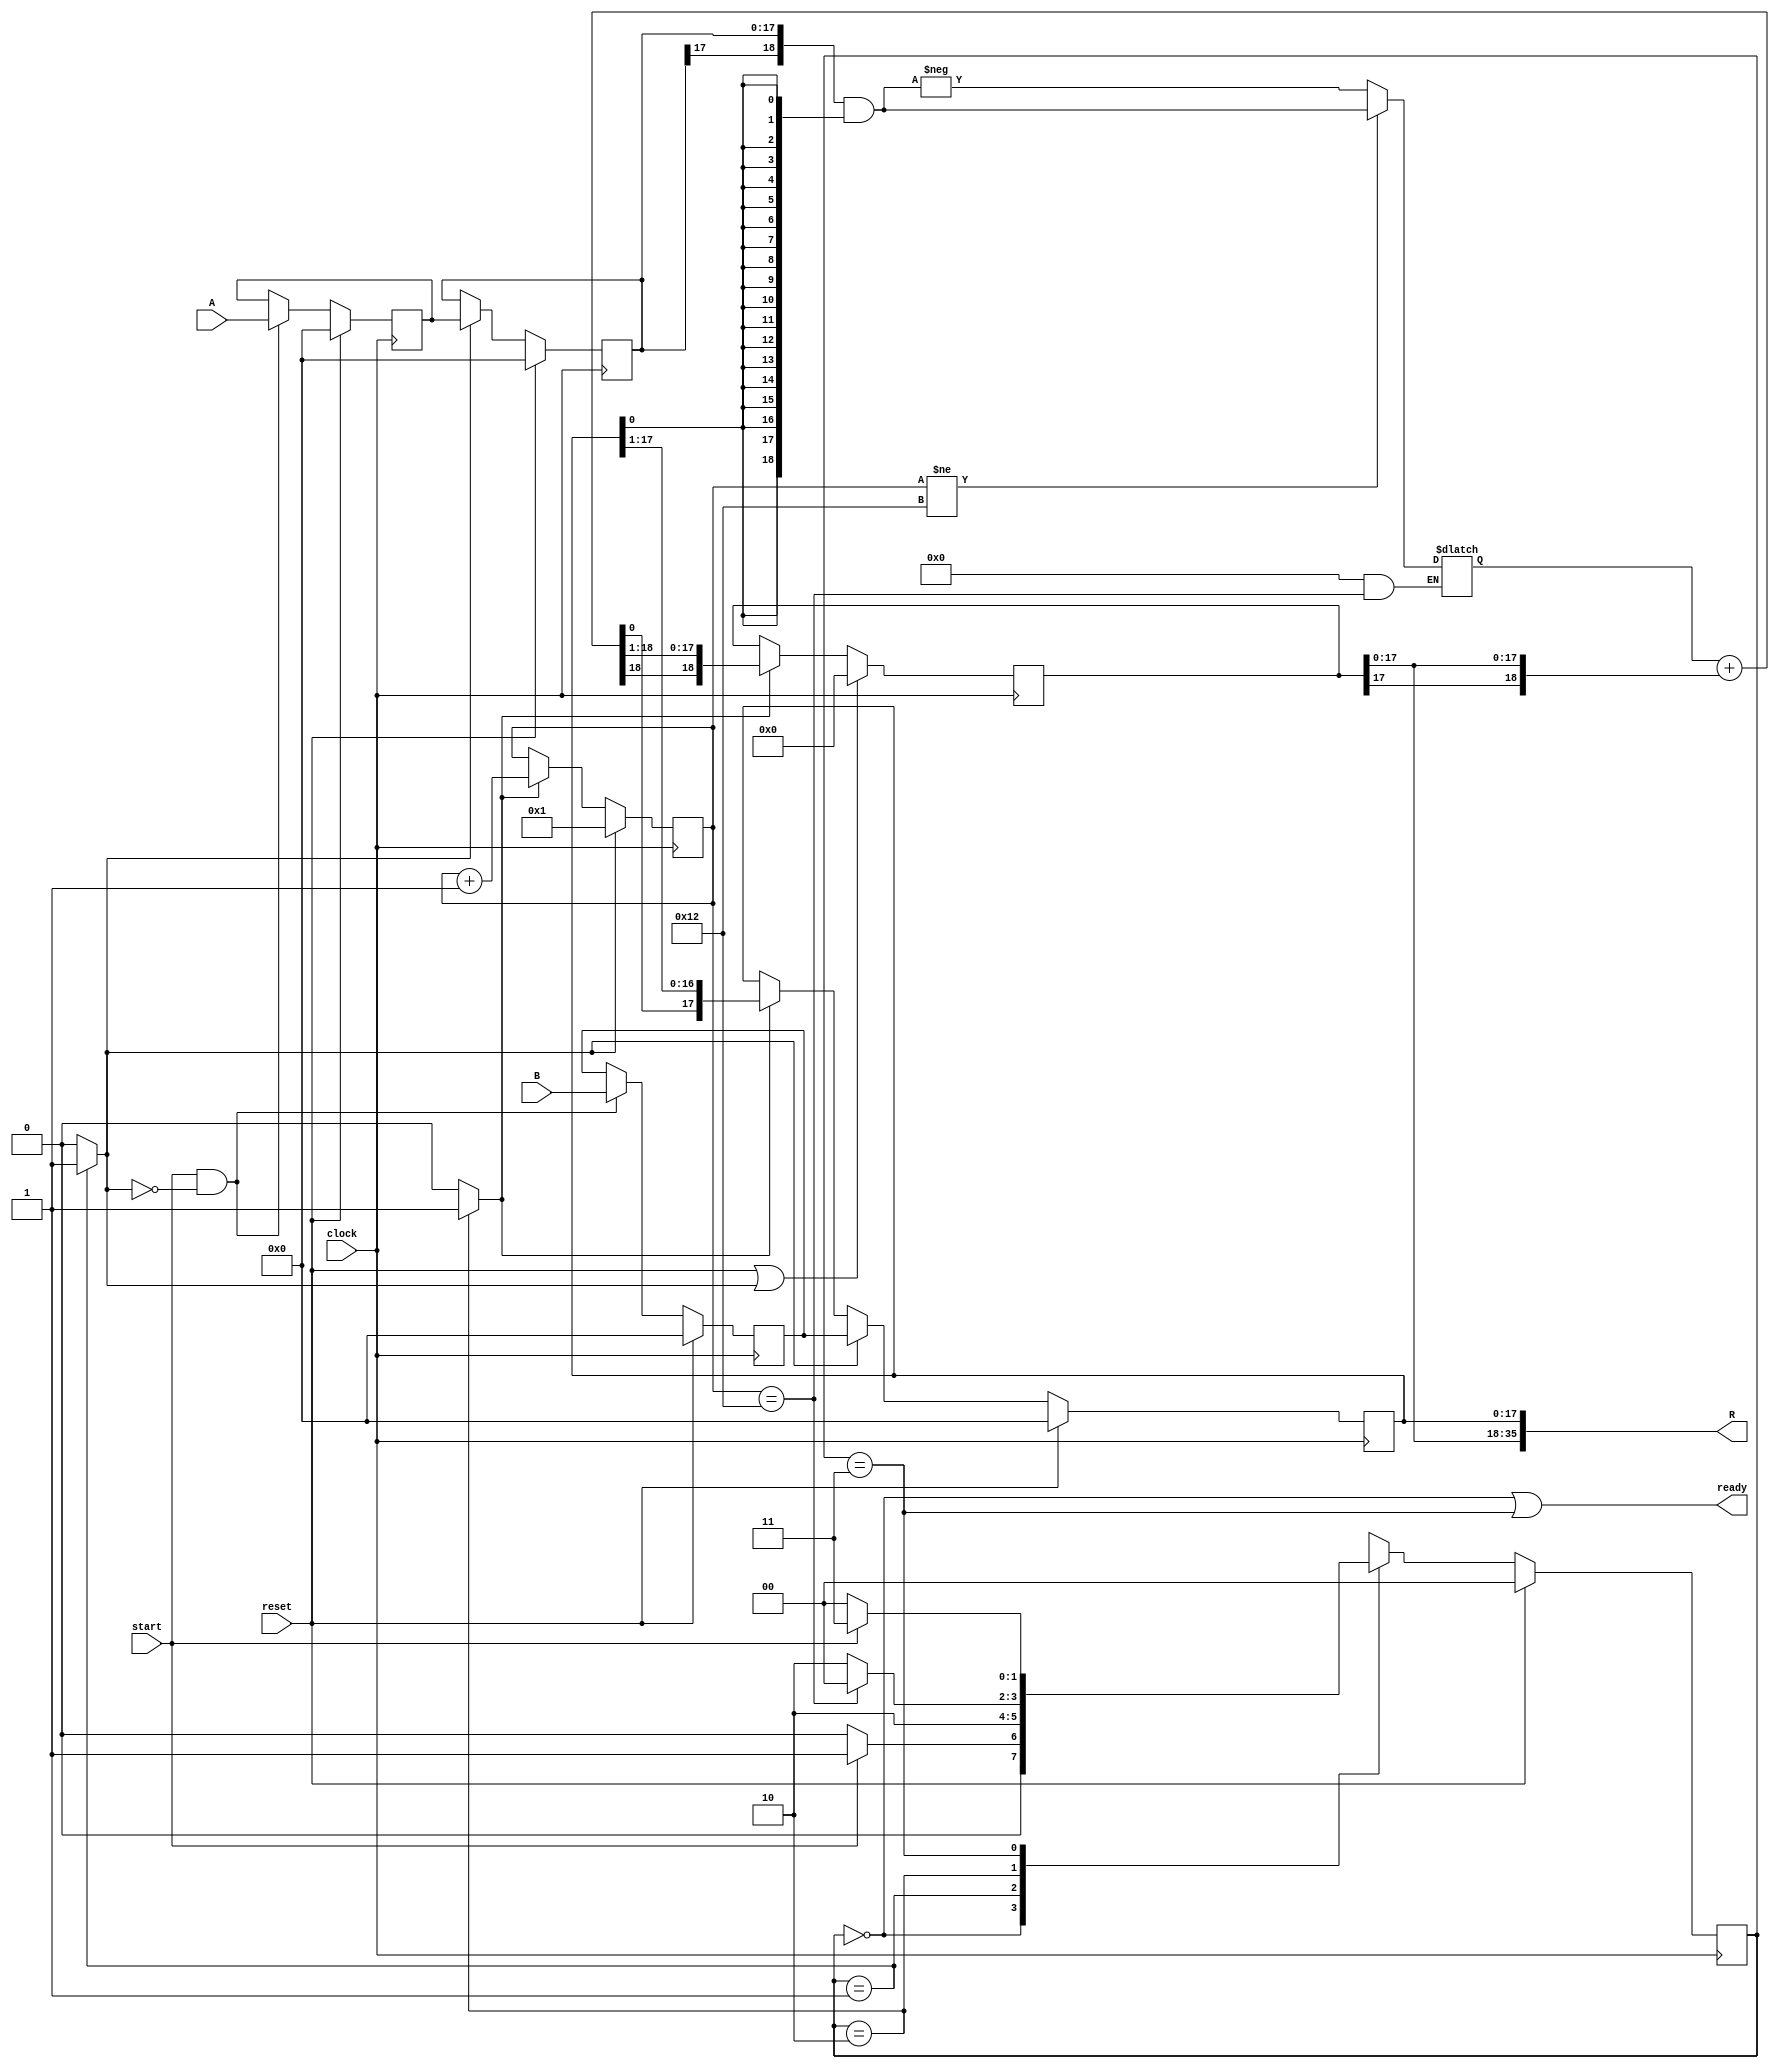
/*---------------------------------------------------------
    Fully configurable sequential M by N multiplier

 	jca@fe.up.pt, Dec 2015
	
	This Verilog code is proprietary of University of Porto
	Its utilization beyond the scope of the course Digital Systems Design
	(Projeto de Sistemas Digitais) of the Integrated Master in Electrical 
	and Computer Engineering requires explicit authorization from the author.

    Performs the signed multiplication A x B using the sequential shift-add algorithm
	Result is ready
*/


// ---------------------------------------------------------
// Some macros
// ---------------------------------------------------------
`define mod ((N%K) && Q == ITER)

module seqmultNM(
					clock,
					reset,
					start, // Set start=1 during one clock cycle to start the multiplication
					ready, // Set to 1 when the multiplier is ready to accept a new start
					A,     // Multiplicand,  M bits
					B,     // Multiplier,    N bits
					R      // Result: A x B, M+N bits
					);
				
parameter M = 18,  // Number of bit of multiplicand 
          N = 18;  // Number of bits of the multiplier
parameter K = 1;
// parameter M = 9, N = 6, K = 3;
parameter ITER = (N/K) + ((N%K) ? 1:0);
parameter K2 = (N%K) ? (N%K):K;

//------------------------------------------------------
// ESTADOS DA MQUINA DE ESTADOS
//------------------------------------------------------
parameter	INI 	= 2'b00,
					LOAD 	= 2'b01,
					CALC 	= 2'b10,
					READY	= 2'b11; // TO WAIT FOR START = 0
				
input clock, reset;
input start;
input [M-1:0] A;
input [N-1:0] B;
output ready;
output [M+N-1:0] R;

reg [M+K-1:0] reg_H;
reg [M-1:0] reg_A;
reg [N-1:0] reg_B;

reg [M-1:0] reg_Ai;
reg [N-1:0] reg_Bi;

reg [1:0] STATE;
reg [1:0] NEXTSTATE;

reg loadA, loadB, loadH;
reg shH, shB;
reg resetQ;

wire [M+K-1:0] fa_sum;
reg [M+K-1:0] mult_A_B;

// Counter Variables
reg [7:0] Q;
wire [7:0] D;
reg EN;

// ----------------------------------------------------------------------
// ACTUALIZAO DA ENTRADA "D" DO CONTADOR
assign D = Q + 8'b00000001;
// ---------------------------------------------------------
// ACTUALIZAO DA SADA READY
// DE ACORDO COM O ESTADO DA FSM
assign ready = (STATE == INI || STATE == READY);

// BLOCO SOMADOR
assign fa_sum = mult_A_B[M+K-1:0] + { {K{ reg_H[M-1] }}, reg_H[M-1:0]};

// "DEFINIO" DA SADA "R"
assign R = {reg_H[M-1:0], reg_B[N-1:0]};

// ---------------------------------------------------------
// REGISTO A
// ---------------------------------------------------------

always @(posedge clock)
begin
	if(reset)
		reg_A <= {M{1'b0}};
	else if(loadA)
		reg_A <= reg_Ai;
end

always @(posedge clock)
begin
	if(reset)
		reg_Ai <= {M{1'b0}};
	else if(start & ~loadA)
		reg_Ai <= A;
end

always @(posedge clock)
begin
	if(reset)
		reg_Bi <= {M{1'b0}};
	else if(start & ~loadB)
		reg_Bi <= B;
end

// ---------------------------------------------------------
// REGISTO H
// ---------------------------------------------------------
always @(posedge clock)
begin
	if(reset || loadH)
		reg_H <= {(M+K-1){1'b0}};
	else if(shH)
		begin
			if(`mod)
				reg_H <= { {K2{ fa_sum[M+K-1] }}, fa_sum[M+K-1:K2]};
			else
				reg_H <= { {K{ fa_sum[M+K-1] }}, fa_sum[M+K-1:K]};
		end
//	else
//		reg_H <= reg_H;
end

// ---------------------------------------------------------
// REGISTO B
// ---------------------------------------------------------

always @(posedge clock)
begin
	if(reset)
			reg_B <= {N{1'b0}};
	else if(loadB)
			reg_B <= reg_Bi;
	else if(shB)
		begin
			if(`mod)
				reg_B <= {fa_sum[K2-1:0], reg_B[N-1:K2]};
			else
				reg_B <= {fa_sum[K-1:0], reg_B[N-1:K]};
		end
//	else
//		reg_B <= reg_B;
end

// ---------------------------------------------------------
// MULTIPLICADOR PARCIAL
// ---------------------------------------------------------

always @*
begin
		if(!(`mod))
		begin
		  case(K)
				3'b001: mult_A_B =  ( (Q != ITER) ? 
				                            ( { {K{reg_A[M-1]}}, reg_A } & {(M+K){reg_B[0]}} ) :
				                           -( { {K{reg_A[M-1]}}, reg_A } & {(M+K){reg_B[0]}} ) );

				3'b010: mult_A_B =  ( { {K{reg_A[M-1]}}, reg_A } & {(M+K){reg_B[0]}} ) +
				                    ( (Q != ITER) ? 
									        ( ( { {K{reg_A[M-1]}}, reg_A } & {(M+K){reg_B[1]}} ) << 1 ) :
				                           -( ( { {K{reg_A[M-1]}}, reg_A } & {(M+K){reg_B[1]}} ) << 1 ) );
									
				3'b011: mult_A_B =    ( { {K{reg_A[M-1]}}, reg_A } & {(M+K){reg_B[0]}} ) +
				                    ( ( { {K{reg_A[M-1]}}, reg_A } & {(M+K){reg_B[1]}} ) << 1 ) +
				                    ( (Q != ITER) ? 
									        ( ( { {K{reg_A[M-1]}}, reg_A } & {(M+K){reg_B[2]}} ) << 2 ):
				                           -( ( { {K{reg_A[M-1]}}, reg_A } & {(M+K){reg_B[2]}} ) << 2 ) );

				3'b100: mult_A_B =    ( { {K{reg_A[M-1]}}, reg_A } & {(M+K){reg_B[0]}} ) +
				                    ( ( { {K{reg_A[M-1]}}, reg_A } & {(M+K){reg_B[1]}} ) << 1 ) +
				                    ( ( { {K{reg_A[M-1]}}, reg_A } & {(M+K){reg_B[2]}} ) << 2 ) +
				                    ( (Q != ITER) ? 
									        ( ( { {K{reg_A[M-1]}}, reg_A } & {(M+K){reg_B[3]}} ) << 3 ):
				                           -( ( { {K{reg_A[M-1]}}, reg_A } & {(M+K){reg_B[3]}} ) << 3 ) );

			endcase		  
		end
		else
		begin
			case(N%K)
			    2'b01: mult_A_B =  - ( { {K{reg_A[M-1]}}, reg_A } & {(M+K){reg_B[0]}} );

				2'b10: mult_A_B =    ( { {K{reg_A[M-1]}}, reg_A } & {(M+K){reg_B[0]}} ) -
				                     ( ( { {K{reg_A[M-1]}}, reg_A } & {(M+K){reg_B[1]}} ) << 1 );
									
				2'b11: mult_A_B =    ( { {K{reg_A[M-1]}}, reg_A } & {(M+K){reg_B[0]}} ) +
				                     ( ( { {K{reg_A[M-1]}}, reg_A } & {(M+K){reg_B[1]}} ) << 1 ) -
				                     ( ( { {K{reg_A[M-1]}}, reg_A } & {(M+K){reg_B[2]}} ) << 2 );

			endcase
		end
end



// ---------------------------------------------------------
// ---------------------------------------------------------
// BLOCO FINITE-STATE-MACHINE
// ---------------------------------------------------------
// ---------------------------------------------------------

always @(posedge clock)
begin
	if(reset)
		STATE <= INI;
	else
		STATE <= NEXTSTATE;
end

// ---------------------------------------------------------
// ACTUALIZAO DO ESTADO SEGUINTE
// ---------------------------------------------------------

always @*
begin
	case(STATE)
		INI:
		begin
			if(start)
				NEXTSTATE = LOAD;
			else
				NEXTSTATE = INI;
		end
		
		LOAD:
		begin
			NEXTSTATE = CALC;
		end
		
		CALC:
		begin
			if(Q == ITER)
				NEXTSTATE = INI;
			else
				NEXTSTATE = CALC;
		end
		
		READY:
		begin
			if(start == 0)
				NEXTSTATE = INI;
			else
				NEXTSTATE = READY;
		end
		
	endcase
end

// ---------------------------------------------------------
// ACTUALIZAO DAS VARIVEIS
// RESPONSVEIS PELO CONTROLO
// DOS REGISTOS E CONTADOR
// ---------------------------------------------------------

always @*
begin
	EN = 0;
	loadA = 0;
	loadB = 0;
	loadH = 0;
	shH = 0;
	shB = 0;
	resetQ = 0;
		
	case(STATE)
	
		LOAD:
		begin
			loadA = 1;
			loadB = 1;
			loadH = 1;
			resetQ = 1;
		end
		
		CALC:
		begin
			EN = 1;
			shH = 1;
			shB = 1;
		end
		
	endcase
end

// ---------------------------------------------------------
// BLOCO CONTADOR
// ---------------------------------------------------------

always @(posedge clock)
begin
	if(resetQ)
			Q <= 8'b0000001;
	else
		if (EN)
			Q <= D;
end
endmodule